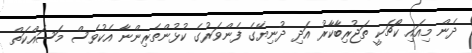
ދެން މިއައި ކޯޗަކީ ތަޖުރިބާކާރު އަދި ދުނިޔޭގެ ފެންވަރުގެ ކުޅުންތެރިންނާ އެކުވެސް މަސައްކަތް